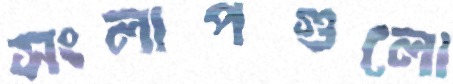
সংলাপগুলো